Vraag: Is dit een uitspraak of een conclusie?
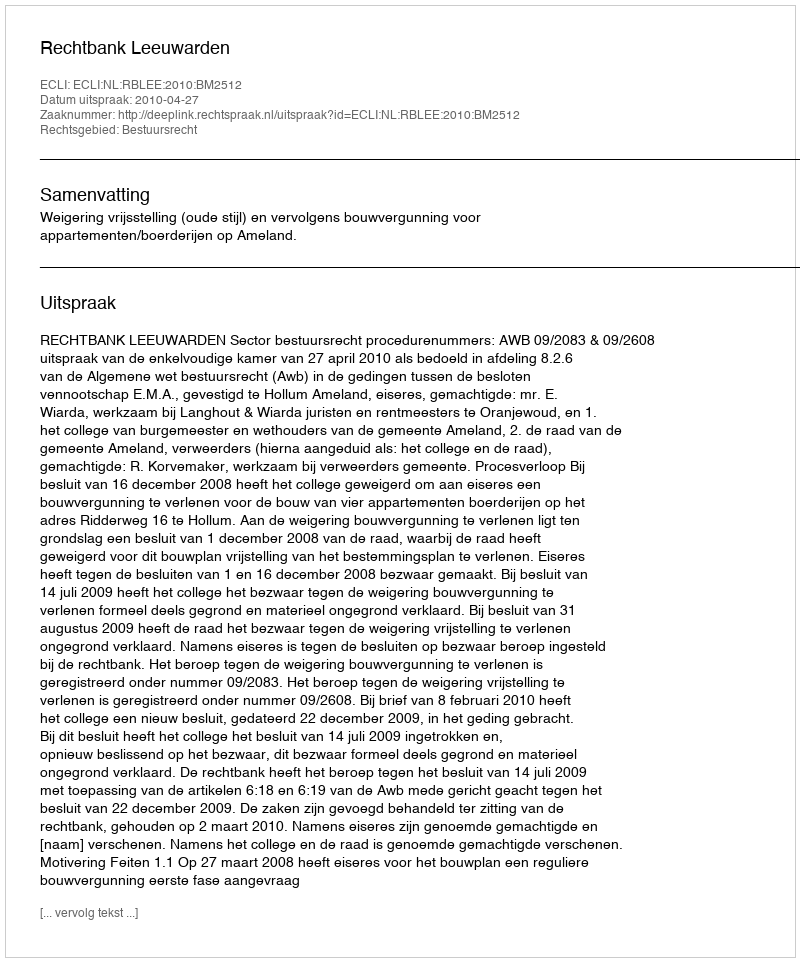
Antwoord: Uitspraak